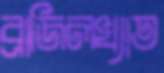
ব্রাজিলখ্যাত